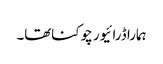
ہمارا ڈرائیور چوکناتھا۔